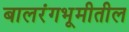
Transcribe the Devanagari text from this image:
बालरंगभूमीतील